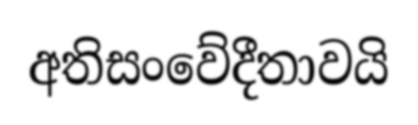
අතිසංවේදීතාවයි